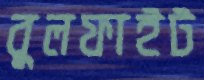
বুলফাইট